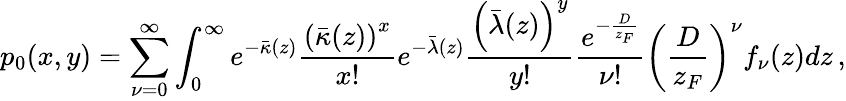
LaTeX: p_{0}(x,y)=\sum_{\nu=0}^{\infty}\int_{0}^{\infty}e^{-\bar{\kappa}(z)}\frac{\left(\bar{\kappa}(z)\right)^{x}}{x!}e^{-\bar{\lambda}(z)}\frac{\left(\bar{\lambda}(z)\right)^{y}}{y!}\frac{e^{-\frac{D}{z_{F}}}}{\nu!}\left(\frac{D}{z_{F}}\right)^{\nu}f_{\nu}(z)dz\, ,